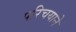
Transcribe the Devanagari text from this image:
परिचयाने